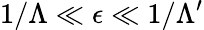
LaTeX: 1/\Lambda\ll\epsilon\ll 1/\Lambda^{\prime}